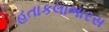
હતાકલાભારસ